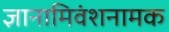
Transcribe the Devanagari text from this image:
ज्ञानामिवंशनामक